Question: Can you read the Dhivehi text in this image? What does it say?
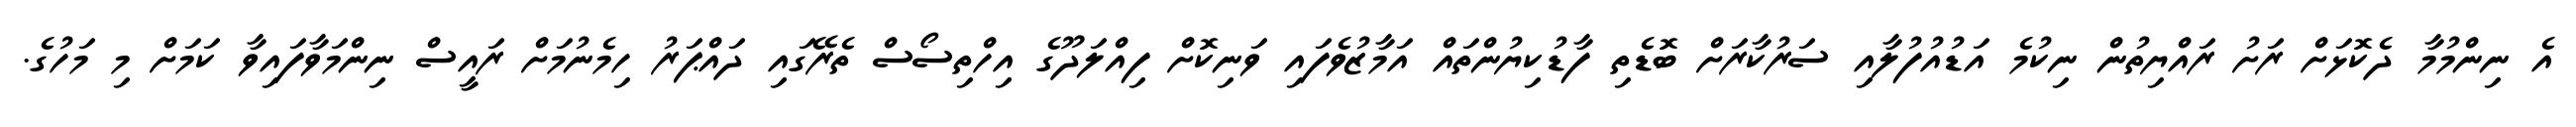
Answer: އެ ނިންމުމާ ދެކޮޅަށް ރަށު ރައްޔިތުން ނިކުމެ އަޑުއުފުލާއި ސަރުކާރަށް ބޮޑެތި ފާޑުކިޔުންތައް އަމާޒުވެފައި ވަނިކޮށް ފިއްލަދޫގެ އިހްތިސޯސް ތެރޭގައި ދައްޕަރު ހިމެނުމަށް ރައީސް ނިންމަވާފައިވާ ކަމަށް މި މަހުގެ.